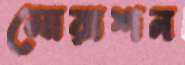
মোরাশন